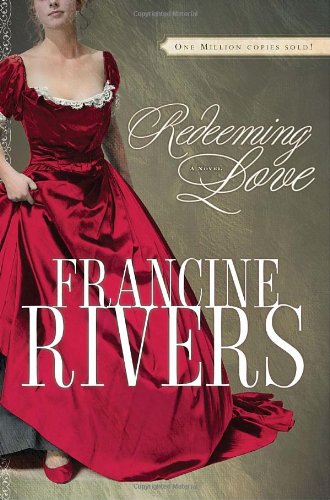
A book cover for Redeeming Love; Francine Rivers; Romance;